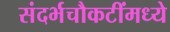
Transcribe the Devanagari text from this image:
संदर्भचौकटींमध्ये